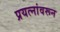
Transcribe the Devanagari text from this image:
प्रयत्‍नांवरून